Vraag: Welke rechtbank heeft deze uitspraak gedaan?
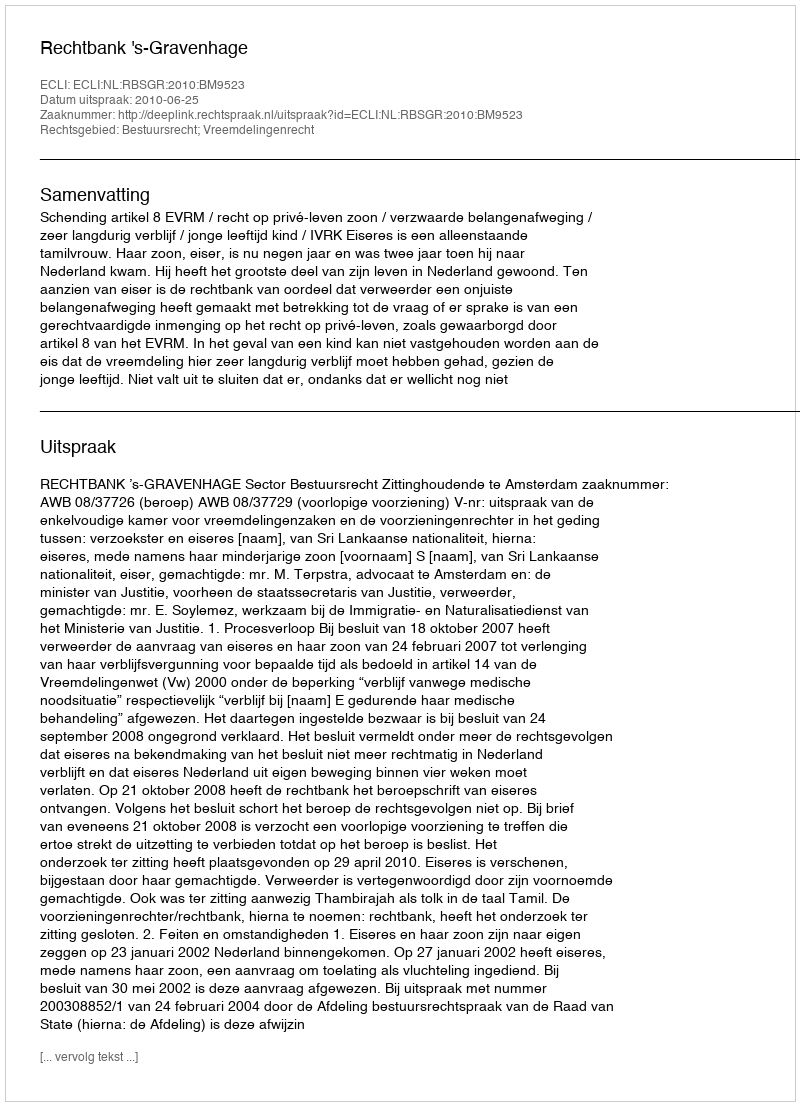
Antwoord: Rechtbank 's-Gravenhage